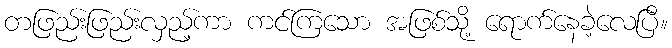
တဖြည်းဖြည်းလှည့်ကာ ကင်ကြသော အဖြစ်သို့ ရောက်နေခဲ့လေပြီ။